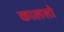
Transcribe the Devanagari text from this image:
कालसो